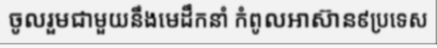
ចូលរួមជាមួយនឹងមេដឹកនាំ កំពូលអាស៊ាន៩ប្រទេស